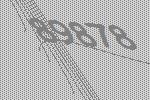
89878